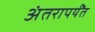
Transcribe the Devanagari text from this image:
अंतरापर्यँत